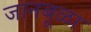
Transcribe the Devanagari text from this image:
जानबूळा